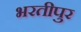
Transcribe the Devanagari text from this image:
भरतीपुर